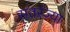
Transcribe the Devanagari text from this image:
सतरंज्या